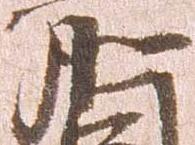
前